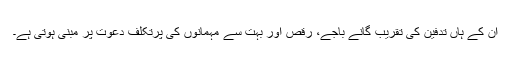
ان کے ہاں تدفین کی تقریب گانے باجے، رقص اور بہت سے مہمانوں کی پرتکلف دعوت پر مبنی ہوتی ہے۔